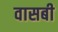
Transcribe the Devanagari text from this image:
वासबी